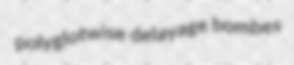
polyglotwise delayage bombes